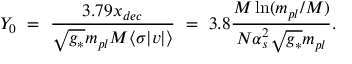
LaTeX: Y _ { 0 } ~ = ~ \frac { 3 . 7 9 x _ { d e c } } { \sqrt { g _ { * } } m _ { p l } M \langle \sigma | v | \rangle } ~ = ~ 3 . 8 \frac { M \ln ( m _ { p l } / M ) } { N \alpha _ { s } ^ { 2 } \sqrt { g _ { * } } m _ { p l } } .